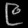
Digit: ၉